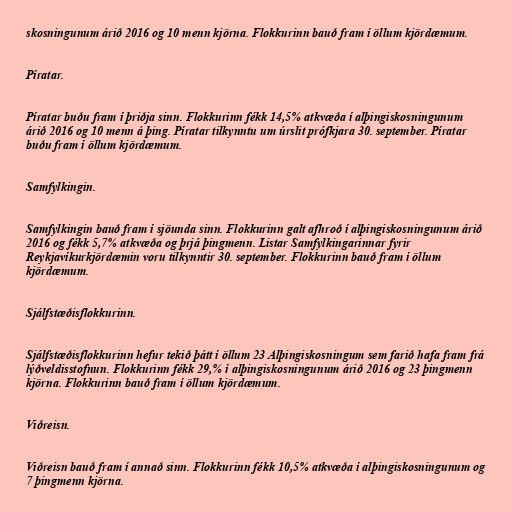
skosningunum árið 2016 og 10 menn kjörna. Flokkurinn bauð fram í öllum kjördæmum.

Píratar.

Píratar buðu fram í þriðja sinn. Flokkurinn fékk 14,5% atkvæða í alþingiskosningunum
árið 2016 og 10 menn á þing. Píratar tilkynntu um úrslit prófkjara 30. september. Píratar
buðu fram í öllum kjördæmum.

Samfylkingin.

Samfylkingin bauð fram í sjöunda sinn. Flokkurinn galt afhroð í alþingiskosningunum árið
2016 og fékk 5,7% atkvæða og þrjá þingmenn. Listar Samfylkingarinnar fyrir
Reykjavíkurkjördæmin voru tilkynntir 30. september. Flokkurinn bauð fram í öllum
kjördæmum.

Sjálfstæðisflokkurinn.

Sjálfstæðisflokkurinn hefur tekið þátt í öllum 23 Alþingiskosningum sem farið hafa fram frá
lýðveldisstofnun. Flokkurinn fékk 29,% í alþingiskosningunum árið 2016 og 23 þingmenn
kjörna. Flokkurinn bauð fram í öllum kjördæmum.

Viðreisn.

Viðreisn bauð fram í annað sinn. Flokkurinn fékk 10,5% atkvæða í alþingiskosningunum og
7 þingmenn kjörna.